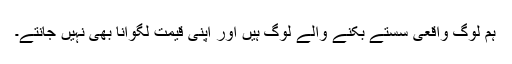
ہم لوگ واقعی سستے بکنے والے لوگ ہیں اور اپنی قیمت لگوانا بھی نہیں جانتے۔